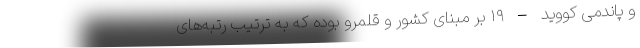
و پاندمی کووید – ۱۹ بر مبنای کشور و قلمرو بوده که به ترتیب رتبه‌های